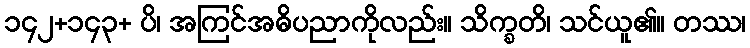
၁၄၂+၁၄၃+ ပိ၊ အကြင်အဓိပညာကိုလည်း။ သိက္ခတိ၊ သင်ယူ၏။ တဿ၊